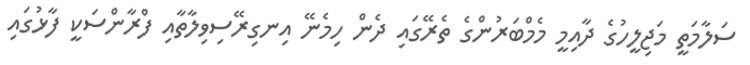
ސަލާމަތީ މަޖިލީހުގެ ދާއިމީ މެމްބަރުންގެ ތެރޭގައި ދެން ހިމެނޭ އިނގިރޭސިވިލާތާއިި ފްރާންސަކީ ފާޅުގައި